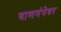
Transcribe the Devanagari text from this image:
बाणगंगेवर